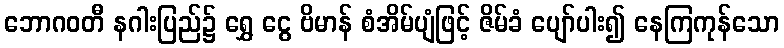
ဘောဂဝတီ နဂါးပြည်၌ ရွှေ ငွေ ဗိမာန် စံအိမ်ပျံဖြင့် ဇိမ်ခံ ပျော်ပါး၍ နေကြကုန်သော